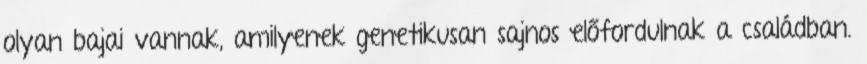
olyan bajai vannak, amilyenek genetikusan sajnos előfordulnak a családban.